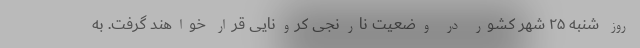
روز شنبه ۲۵ شهر کشور در وضعیت نارنجی کرونایی قرار خواهند گرفت. به